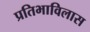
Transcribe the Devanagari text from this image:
प्रतिभाविलास